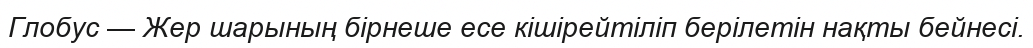
Глобус — Жер шарының бірнеше есе кішірейтіліп берілетін нақты бейнесі.